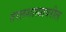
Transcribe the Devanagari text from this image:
तरलशास्त्रावरील